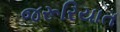
જરૂરિયાત